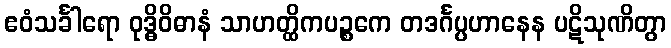
ဧဝံသင်္ခါရော ဝုဒ္ဓိဝိဓာနံ သာဟတ္ထိကပဉ္စကေ တဒင်္ဂပ္ပဟာနေန ပဋိသုဏိတွာ